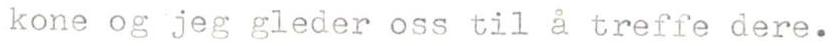
kone og jeg gleder oss til å treffe dere.